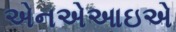
એનએઆઇએ